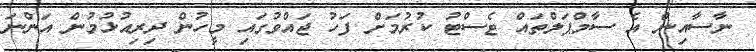
ނާސާއިން އެ ސާމްޕަލްތައް ޓެސްޓު ކުރުމަށް ފަހު ޖައްވުގައި މީހުން ދިރިއުޅުމުން އަންނަ